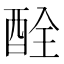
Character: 酫